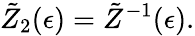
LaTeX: \tilde{Z}_{2}(\epsilon)=\tilde{Z}^{-1}(\epsilon).